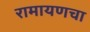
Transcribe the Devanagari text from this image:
रामायणचा